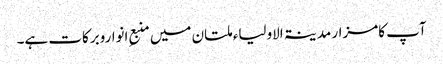
آپ کامزار مدینۃ الاولیاء ملتان میں منبعِ انواروبرکات ہے۔